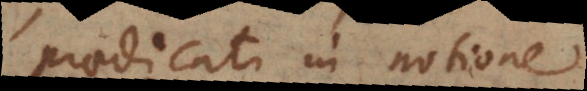
praedicati in notione